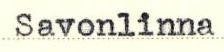
Savonlinna